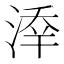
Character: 𣸖